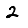
Digit: 2